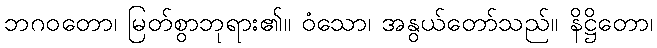
ဘဂဝတော၊ မြတ်စွာဘုရား၏။ ဝံသော၊ အနွယ်တော်သည်။ နိဋ္ဌိတော၊